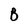
Character: 8